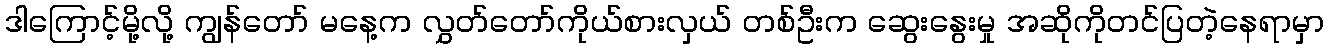
ဒါကြောင့်မို့လို့ ကျွန်တော် မနေ့က လွှတ်တော်ကိုယ်စားလှယ် တစ်ဦးက ဆွေးနွေးမှု အဆိုကိုတင်ပြတဲ့နေရာမှာ